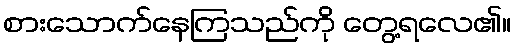
စားသောက်နေကြသည်ကို တွေ့ရလေ၏။